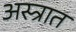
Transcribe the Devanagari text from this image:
अस्त्रात